Civil Veterinary Dept. Bombay admin report 1923-31 - 1923-1931
Year: 1923
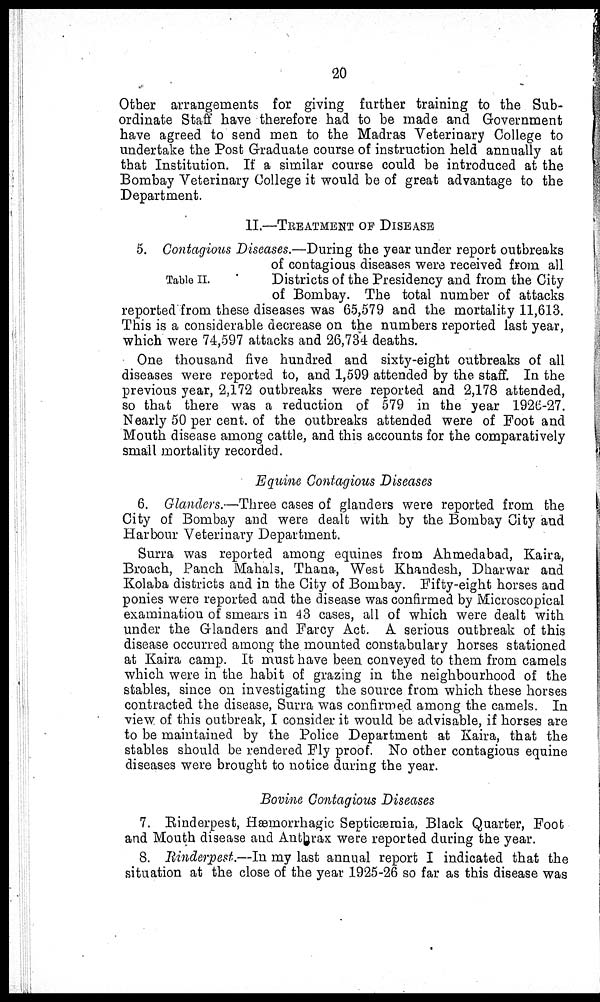
20
Other arrangements for giving further training to the Sub-
ordinate Staff have therefore had to be made and Government
have agreed to send men to the Madras Veterinary College to
undertake the Post Graduate course of instruction held annually at
that Institution. If a similar course could be introduced at the
Bombay Veterinary College it would be of great advantage to the
Department.
II.—TREATMENT OF DISEASE
Table II.
5. Contagious Diseases.—During the year under report outbreaks
of contagious diseases were received from all
Districts of the Presidency and from the City
of Bombay. The total number of attacks
reported from these diseases was 65,579 and the mortality 11,613.
This is a considerable decrease on the numbers reported last year,
which were 74,597 attacks and 26,734 deaths.
One thousand five hundred and sixty-eight outbreaks of all
diseases were reported to, and 1,599 attended by the staff. In the
previous year, 2,172 outbreaks were reported and 2,178 attended,
so that there was a reduction of 579 in the year 1926-27.
Nearly 50 per cent. of the outbreaks attended were of Foot and
Mouth disease among cattle, and this accounts for the comparatively
small mortality recorded.
Equine Contagious Diseases
6. Glanders.—Three cases of glanders were reported from the
City of Bombay and were dealt with by the Bombay City and
Harbour Veterinary Department.
Surra was reported among equines from Ahmedabad, Kaira,
Broach, Panch Mahals, Thana, West Khandesh, Dharwar and
Kolaba districts and in the City of Bombay. Fifty-eight horses and
ponies were reported and the disease was confirmed by Microscopical
examination of smears in 43 cases, all of which were dealt with
under the Glanders and Farcy Act. A serious outbreak of this
disease occurred among the mounted constabulary horses stationed
at Kaira camp. It must have been conveyed to them from camels
which were in the habit of grazing in the neighbourhood of the
stables, since on investigating the source from which these horses
contracted the disease, Surra was confirmed among the camels. In
view of this outbreak, I consider it would be advisable, if horses are
to be maintained by the Police Department at Kaira, that the
stables should be rendered Fly proof. No other contagious equine
diseases were brought to notice during the year.
Bovine Contagious Diseases
7. Rinderpest, Hæinorrhagic Septicaemia, Black Quarter, Foot
and Mouth disease and Anthrax were reported during the year.
8. Rinderpest.—In my last annual report I indicated that the
situation at the close of the year 1925-26 so far as this disease was